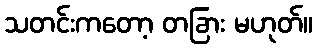
သတင်းကတော့ တခြား မဟုတ်။